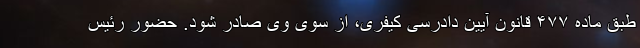
طبق ماده ۴۷۷ قانون آیین دادرسی کیفری، از سوی وی صادر شود. حضور رئیس